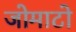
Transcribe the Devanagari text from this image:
जोमाटो